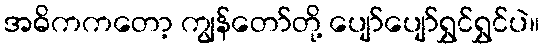
အဓိကကတော့ ကျွန်တော်တို့ ပျော်ပျော်ရွှင်ရွှင်ပဲ။